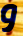
و